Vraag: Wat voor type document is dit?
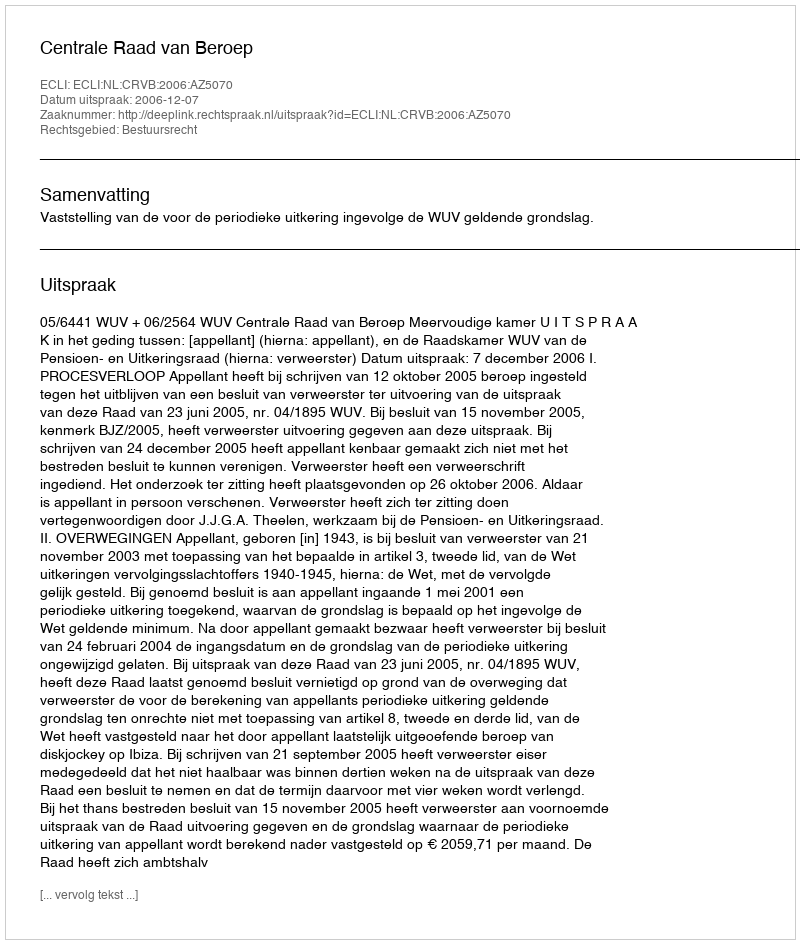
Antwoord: Uitspraak